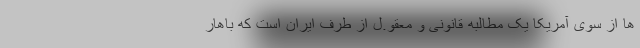
ها از سوی آمریکا یک مطالبه قانونی و معقو.ل از طرف ایران است که باهار